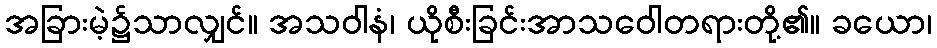
အခြားမဲ့၌သာလျှင်။ အသဝါနံ၊ ယိုစီးခြင်းအာသဝေါတရားတို့၏။ ခယော၊